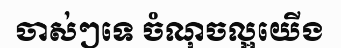
ចាស់ៗទេ ចំណុចល្អយើង